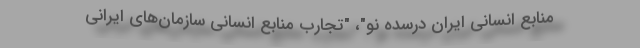
منابع انسانی ایران درسده نو"، "تجارب منابع انسانی سازمان‌های ایرانی